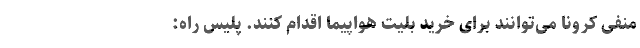
منفی کرونا می‌توانند برای خرید بلیت هواپیما اقدام کنند. پلیس راه: